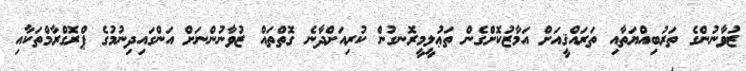
ޒުވާނުންގެ ތަރުބިއްޔަތާއި ތަރައްޤީއަށް އަމާޒުކޮށްގެން ތަޢުލީމީރޮނގުން ކުރިއަށްދާނެ ގޮތްތައް ޒުވާނުންނަށް އަންގައިދިނުމުގެ ޕްރޮގްރާމްތަކާއި